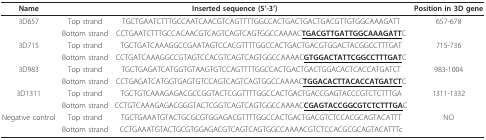
<table><thead><tr><td><b>Name</b></td><td colspan="2"><b>Inserted sequence (5&#x27;-3&#x27;)</b></td><td><b>Position in 3D gene</b></td></tr></thead><tbody><tr><td>3D657</td><td>Top strand</td><td>TGCTGAATCTTTGCCAATCAACGTCAGTTTTGGCCACTGACTGACTGACGTTGTGGCAAAGATT</td><td>657-678</td></tr><tr><td></td><td>Bottom strand</td><td>CCTGAATCTTTGCCACAACGTCAGTCAGTCAGTGGCCAAAAC<b><underline>TGACGTTGATTGGCAAAGATT</underline></b>C</td><td></td></tr><tr><td>3D715</td><td>Top strand</td><td>TGCTGATCAAAGGCCGAATAGTCCACGTTTTGGCCACTGACTGACGTGGACTACGGCCTTTGAT</td><td>715-736</td></tr><tr><td></td><td>Bottom strand</td><td>CCTGATCAAAGGCCGTAGTCCACGTCAGTCAGTGGCCAAAAC<b><underline>GTGGACTATTCGGCCTTTGAT</underline></b>C</td><td></td></tr><tr><td>3D983</td><td>Top strand</td><td>TGCTGAGATCATGGTGTAAGTGTCCAGTTTTGGCCACTGACTGACTGGACACTCACCATGATCT</td><td>983-1004</td></tr><tr><td></td><td>Bottom strand</td><td>CCTGAGATCATGGTGAGTGTCCAGTCAGTCAGTGGCCAAAAC<b><underline>TGGACACTTACACCATGATCT</underline></b>C</td><td></td></tr><tr><td>3D1311</td><td>Top strand</td><td>TGCTGTCAAAGAGACGCCGGTACTCGGTTTTGGCCACTGACTGACCGAGTACCCGTCTCTTTGA</td><td>1311-1332</td></tr><tr><td></td><td>Bottom strand</td><td>CCTGTCAAAGAGACGGGTACTCGGTCAGTCAGTGGCCAAAAC<b><underline>CGAGTACCGGCGTCTCTTTGA</underline></b>C</td><td></td></tr><tr><td>Negative control</td><td>Top strand</td><td>TGCTGAAATGTACTGCGCGTGGAGACGTTTTGGCCACTGACTGACGTCTCCACGCAGTACATTT</td><td>NO</td></tr><tr><td></td><td>Bottom strand</td><td>CCTGAAATGTACTGCGTGGAGACGTCAGTCAGTGGCCAAAACGTCTCCACGCGCAGTACATTTc</td><td></td></tr></tbody></table>